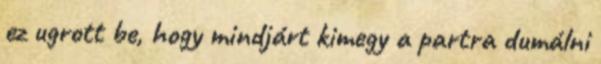
ez ugrott be, hogy mindjárt kimegy a partra dumálni